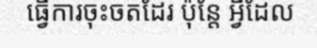
ធ្វើការចុះចតដែរ ប៉ុន្តែ អ្វីដែល